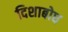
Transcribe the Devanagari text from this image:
दिशाबोध